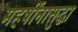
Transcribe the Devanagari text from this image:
महर्षींनासुद्धा